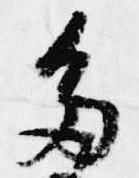
多